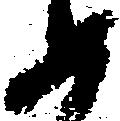
如